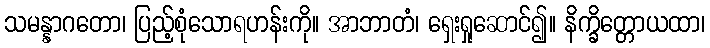
သမန္နာဂတော၊ ပြည့်စုံသောရဟန်းကို။ အာဘာတံ၊ ရှေးရှုဆောင်၍။ နိက္ခိတ္တောယထာ၊